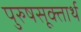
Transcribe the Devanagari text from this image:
पुरुषसूक्तार्थ